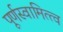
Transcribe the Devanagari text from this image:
पूर्णस्वामित्त्व